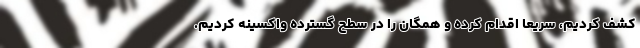
کشف کردیم، سریعا اقدام کرده و همگان را در سطح گسترده واکسینه کردیم.